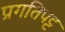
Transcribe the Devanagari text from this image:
प्रगतिपट्ट